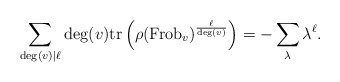
\begin{align*}\sum_{\deg(v) \mid \ell} \deg(v) \mathrm{tr} \left(\rho(\mathrm{Frob}_{v})^{\frac{\ell}{\deg(v)}} \right) = -\sum_{\lambda} \lambda^{\ell}.\end{align*}